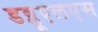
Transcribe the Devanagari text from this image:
डब्लूएलएस